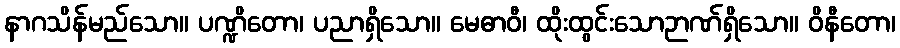
နာဂသိန်မည်သော။ ပဏ္ဍိတော၊ ပညာရှိသော။ မေဓာဝီ၊ ထိုးထွင်းသောဉာဏ်ရှိသော။ ဝိနီတော၊